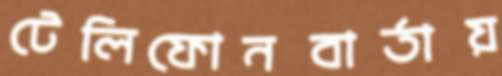
টেলিফোনবার্তায়